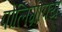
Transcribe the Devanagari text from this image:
पोलिग्राफ्य